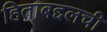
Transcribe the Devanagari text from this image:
हिताबद्दलची